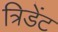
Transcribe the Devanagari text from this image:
त्रिडेंट